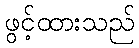
ဖွင့်ထားသည်